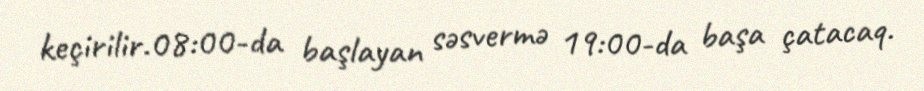
keçirilir.08:00-da başlayan səsvermə 19:00-da başa çatacaq.